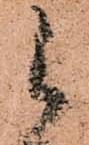
被